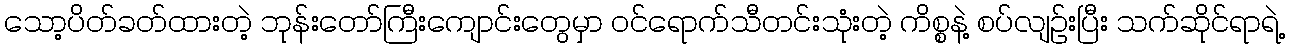
သော့ပိတ်ခတ်ထားတဲ့ ဘုန်းတော်ကြီးကျောင်းတွေမှာ ဝင်ရောက်သီတင်းသုံးတဲ့ ကိစ္စနဲ့ စပ်လျဉ်းပြီး သက်ဆိုင်ရာရဲ့